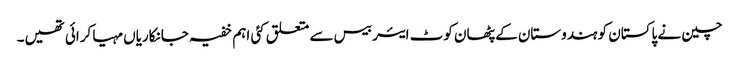
چین نے پاکستان کو ہندوستان کے پٹھان کوٹ ایئر بیس سے متعلق کئی اہم خفیہ جانکاریاں مہیا کرائی تھیں۔